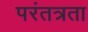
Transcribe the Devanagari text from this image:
परंतत्रता